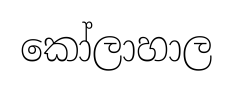
කෝලාහාල